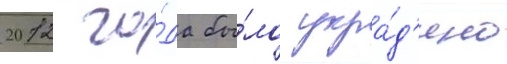
2012 го́да бы́ло укра́д'ено